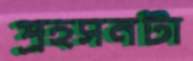
প্রহসনটা